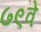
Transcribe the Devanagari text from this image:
७९वें